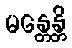
မန္တေန္တိ